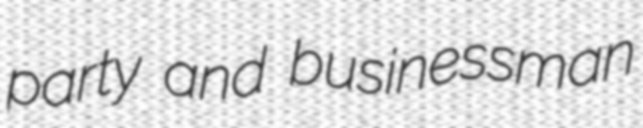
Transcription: party and businessman